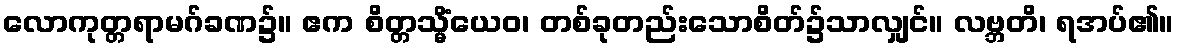
လောကုတ္တရာမဂ်ခဏ၌။ ဧက စိတ္တသ္မိံယေဝ၊ တစ်ခုတည်းသောစိတ်၌သာလျှင်။ လဗ္ဘတိ၊ ရအပ်၏။